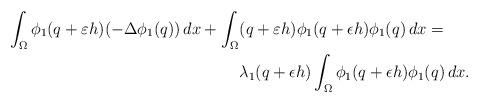
LaTeX: \begin{align*}\int_{\Omega} \phi_1(q+\varepsilon h) (-\Delta \phi_1(q))\, dx + \int_{\Omega} &(q+\varepsilon h)\phi_1(q+\epsilon h)\phi_1(q) \,dx = \\&\lambda_1(q+\epsilon h) \int_{\Omega} \phi_1(q+\epsilon h)\phi_1(q) \,dx.\end{align*}